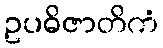
ဥပဓိဇာတိကံ